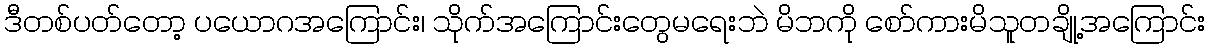
ဒီတစ်ပတ်တော့ ပယောဂအကြောင်း၊ သိုက်အကြောင်းတွေမရေးဘဲ မိဘကို စော်ကားမိသူတချို့အကြောင်း